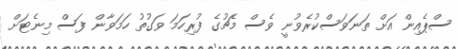
ސްޕެއިން އަށް ތަނަވަސްކުރެވުނީ ވެސް މެޗުގެ ފުރިހަމަ ވަގުތު ހަމަވާން ފަސް މިނެޓަށް